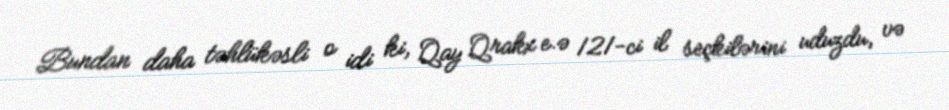
Bundan daha təhlükəsli o idi ki, Qay Qrakx e.ə 121-ci il seçkilərini uduzdu, və